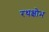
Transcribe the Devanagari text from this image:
रथक्षोभ